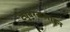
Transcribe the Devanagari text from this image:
ट्यूबरकलाइन